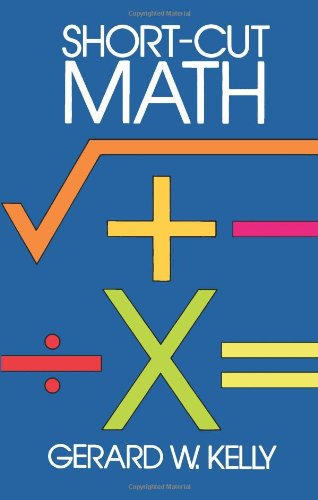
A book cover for Short-Cut Math (Dover Books on Mathematics); Gerard W. Kelly; Science & Math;